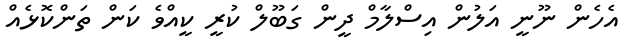
އެހެން ނޫނީ އަލުން އިސްލާމް ދީން ގަބޫލް ކުރީ ކީއްވެ ކަން ތަންކޮޅެއް